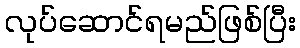
လုပ်ဆောင်ရမည်ဖြစ်ပြီး